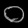
Digit: ၀